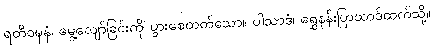
ရတိဝဍ္ဎနံ၊ မွေ့လျော်ခြင်းကို ပွားစေတတ်သော။ ပါသာဒံ၊ ရွှေနန်းပြာသာဒ်ထက်သို့။